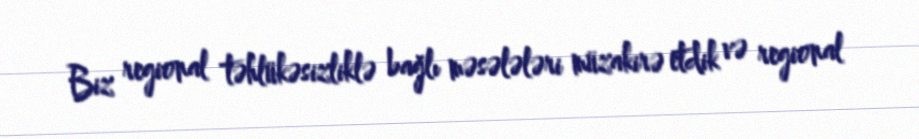
Biz regional təhlükəsizliklə bağlı məsələləri müzakirə etdik və regional